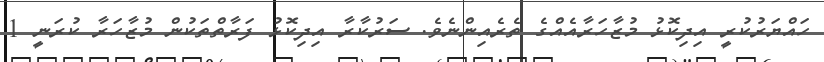
ހައްޔަރުކުރީ އިދިކޮޅު މުޒާހަރާއެއްގެ ތެރެއިންނެވެ. ސަރުކާރާ އިދިކޮޅު ފަރާތްތަކުން މުޒާހަރާ ކުރަނީ 1